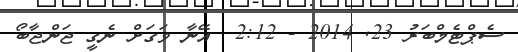
ސެޕްޓެމްބަރު 23